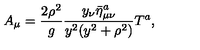
A _ { \mu } = \frac { 2 \rho ^ { 2 } } { g } \frac { y _ { \nu } \bar { \eta } _ { \mu \nu } ^ { a } } { y ^ { 2 } ( y ^ { 2 } + \rho ^ { 2 } ) } T ^ { a } ,